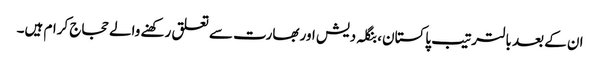
ان کے بعد بالترتیب پاکستان، بنگلہ دیش اور بھارت سے تعلق رکھنے والے حجاج کرام ہیں۔